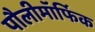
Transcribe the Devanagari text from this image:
पौलीमॉर्फिक